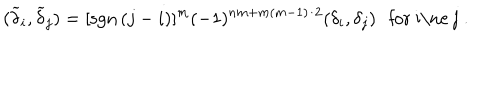
( \widetilde \delta _ { i } , \widetilde \delta _ { j } ) = [ \mathrm { { s g n } } \, ( j - i ) ] ^ { m } ( - 1 ) ^ { n m + m ( m - 1 ) / 2 } ( \delta _ { i } , \delta _ { j } ) \, \, \, \, \mathrm { f o r ~ i \ne ~ j ~ . }